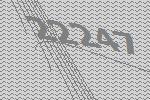
22247